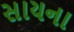
સાયના